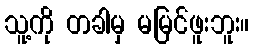
သူ့ကို တခါမှ မမြင်ဖူးဘူး။